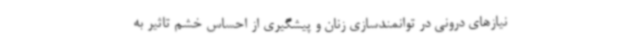
نیازهای درونی در توانمندسازی زنان و پیشگیری از احساس خشم تاثیر به